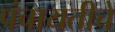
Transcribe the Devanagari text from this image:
पंचायतीचें